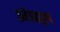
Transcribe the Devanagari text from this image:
प्रमेयबाहुल्य